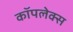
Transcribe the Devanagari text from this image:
कॉपलेक्स